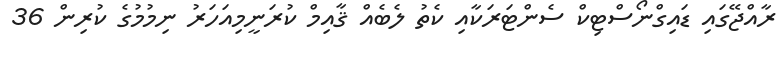
ރާއްޖޭގައި ޑައިގްނޯސްޓިކް ސެންޓަރަކާއި ކެތު ލެބެއް ޤާއިމް ކުރަނީމިއަހަރު ނިމުމުގެ ކުރިން 36